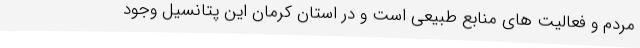
مردم و فعالیت های منابع طبیعی است و در استان کرمان این پتانسیل وجود